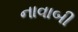
નાવાબી